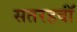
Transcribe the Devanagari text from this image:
सतरहवॉं